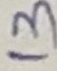
Text: 13